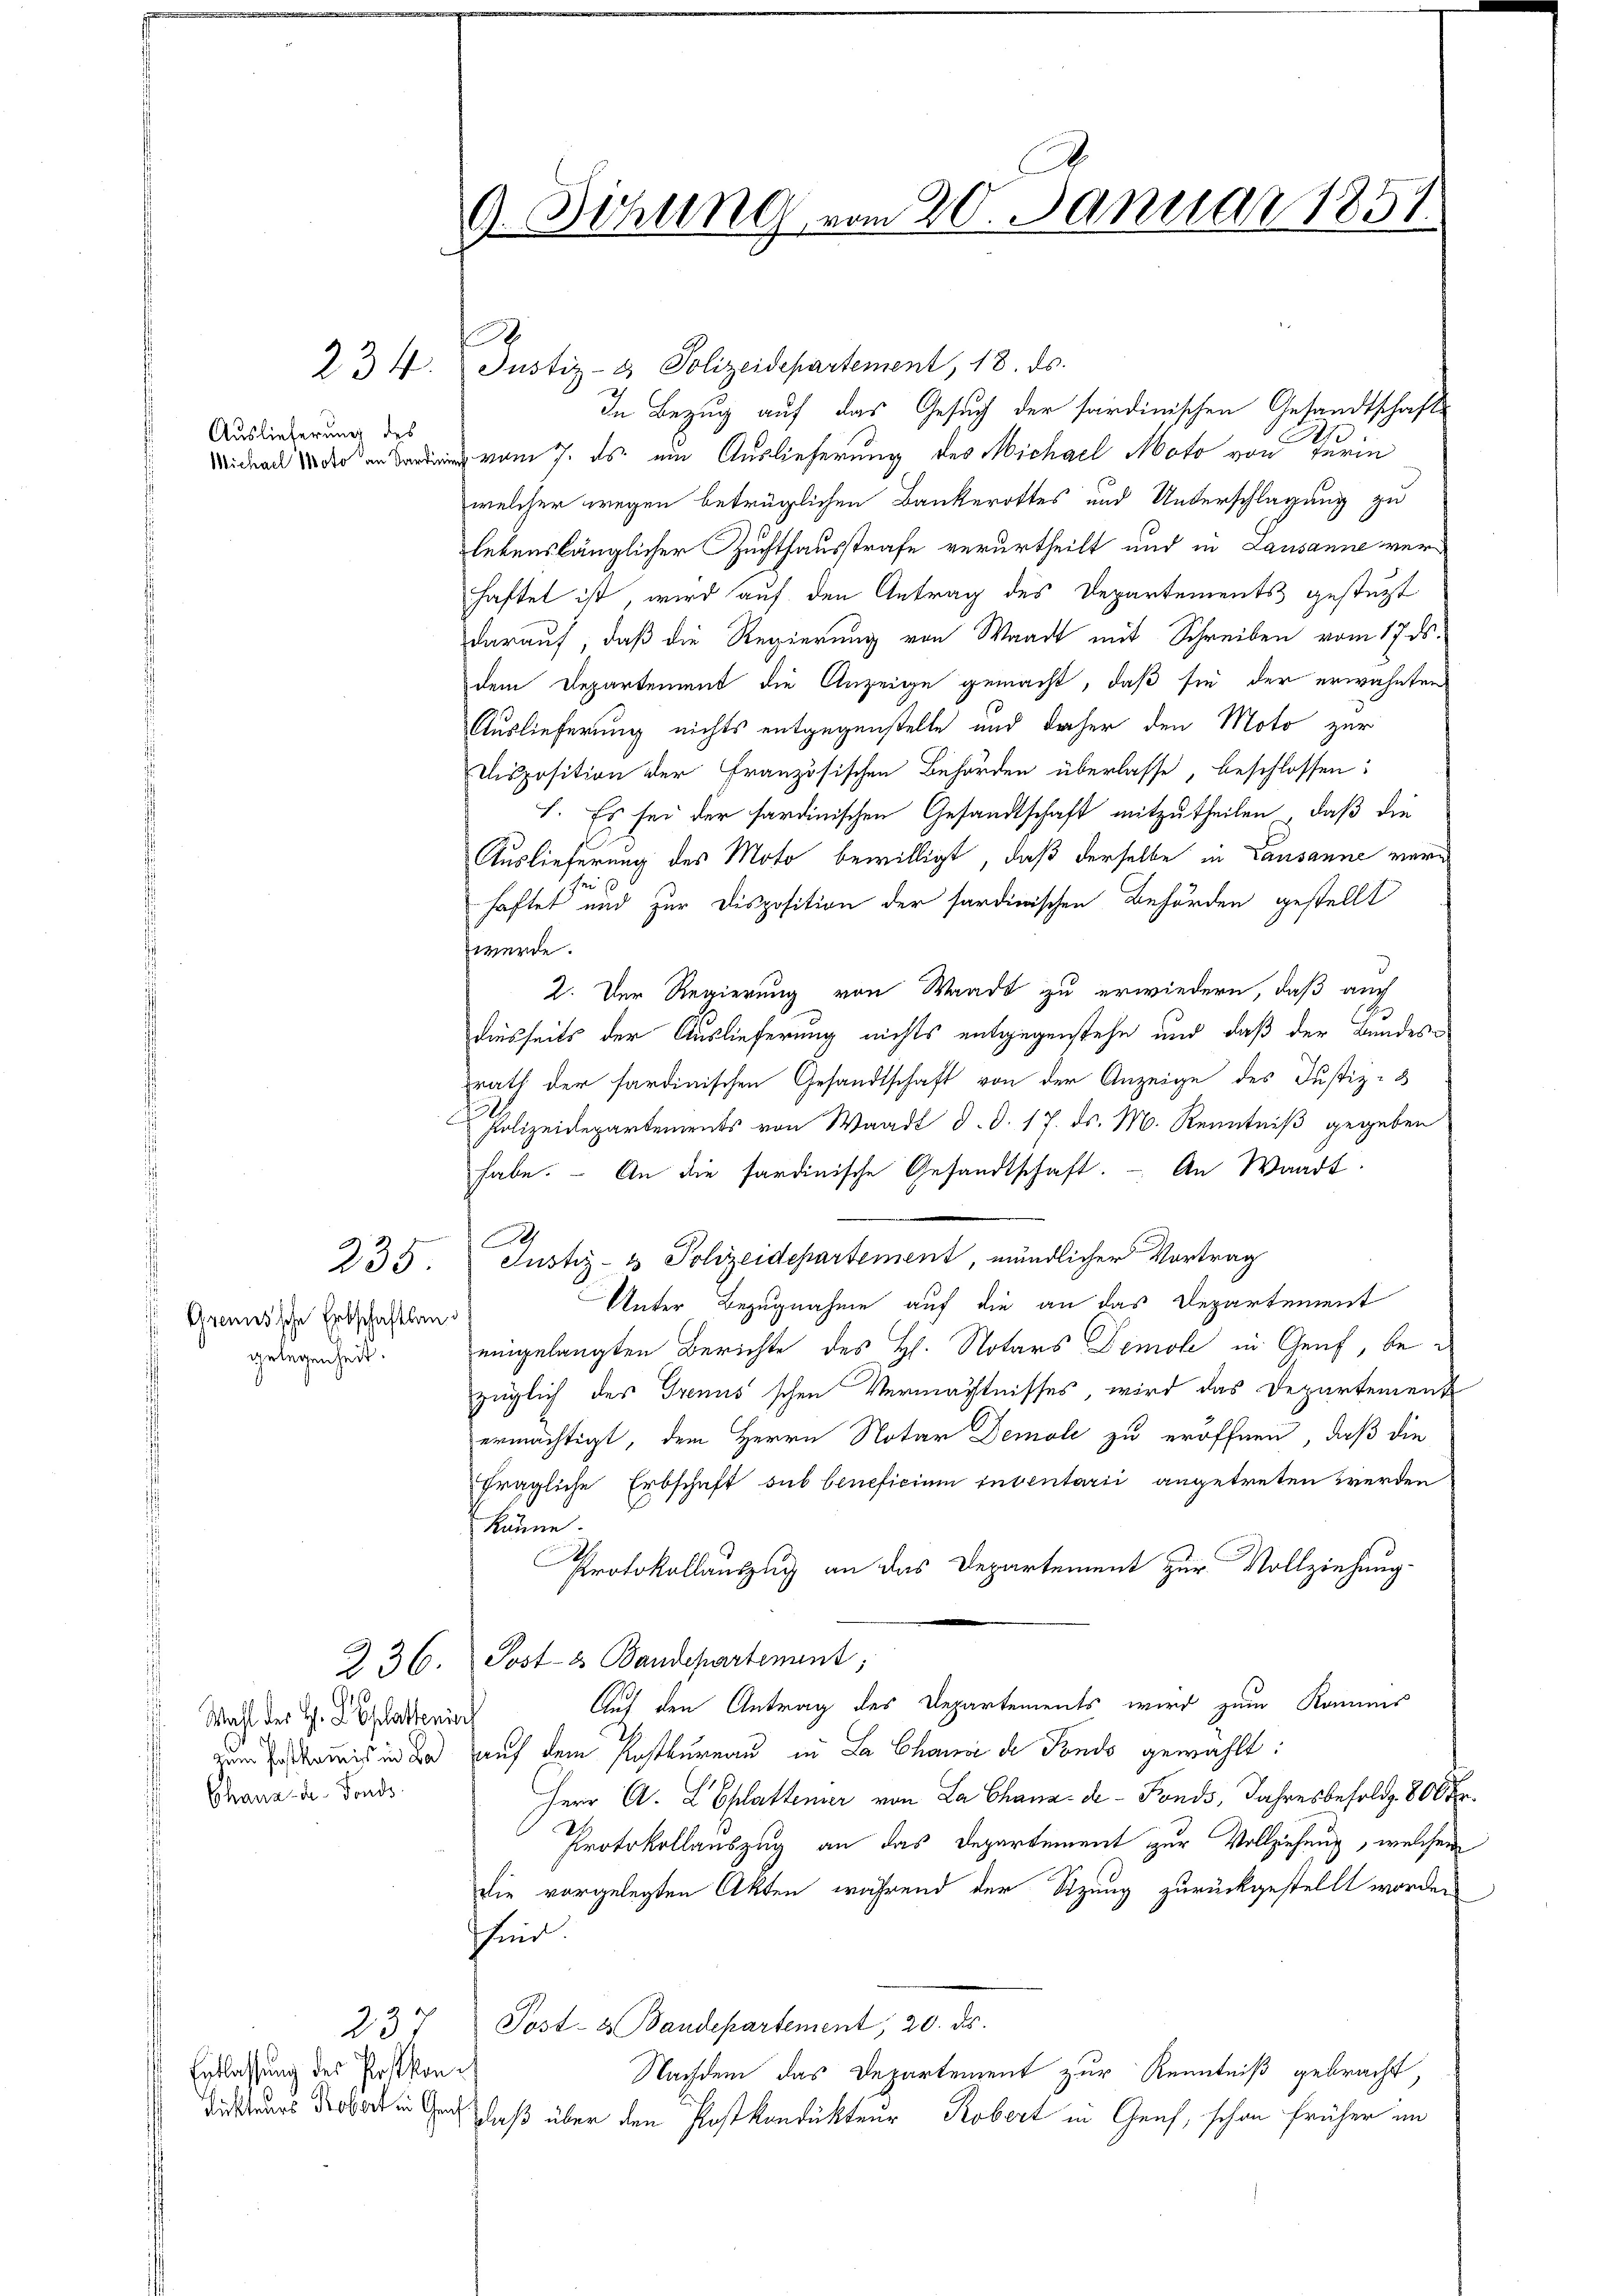
Auslieferung des

Grennssche Erbschaftsangelegenheit.

235

Wahl der H. L. Blatteniors
Chana de Fonds.

s Entlassung des Postkon¬

9. Behung vom 20. Januar 1851

.

2. 4. Justiz- & Polizeidepartement, 18. ds.
In Bezug auf das Gesuch der sardinischen Gesandtschafts
 vom 7. ds. ein Auslieferung des Michael Moto von Turin
welcher wegen betrüglichen Bankerottes und Unterschlagung zu
lebenslänglicher Zuchthausstrafe verurtheilt und in Lausanne verhaftet ist, wird auf den Antrag des Departements gestützt
darauf, daß die Regierung von Waadt mit Schreiben vom 17. ds.
dem Departement die Anzeige gemacht, daß sie der erwähnten
Auslieferung nichts entgegenstelle und daher den Moto zur
Disposition der Französischen Behörden überlasse, beschlossen:
I. Es sei der sardinischen Gesandtschaft mitzutheilen , daß die
Auslieferung des Moto bewilligt, daß derselbe in Lausanne versei (
haftet und zur Disposition der sardinischen Behörden gestellt
werde.
2. Der Regierung von Waadt zu erwiedern, daß auch
diesseits der Auslieferung nichts entgegenstehe und daß der Bundesrath der sardinischen Gesandtschaft von der Anzeige des Justiz-
Polizeidepartements von Waadt d. d. 17. ds. M. Kenntniß gegeben
habe. - An die sardinische Gesandtschaft. - An Waadt.
Justiz- & Polizeidepartement, mündlicher Vortrag
Unter Bezugnahme auf die an das Departement
eingelangten Berichte des Hl. Notars Demole in Genf, bei
züglich der Grenus schen Vermächtnisses, wird das Departement
ermächtigt, dem Herrn Notar Demoli zu eröffnen, daß die
fragliche Erbschaft sub beneficium inventarii angetreten werden
könne.
Protokollauszug an das Departement zur Vollziehung.
236. Post- & Baudepartement;
Auf den Antrag des Departements wird zum Kommis
von des und der auf dem Postkurnau in La Chanc de Fonds gewählt:
Herr A. L Eplattener von La Chana de - Fonds, Jahresbesold. 800 Fr.
Protokollauszug an das Departement zur Vollziehung, welchem
Die vorgelegten Akten, während der Sitzung zurückgestellt worden
find.
237 Post- & Baudepartement, 20. ds.
Nachdem das Departement zur Kenntniß gebracht,
Ich aus der in Grashlaß über den Postkandikteur Robert in Genf, schon früher im

A